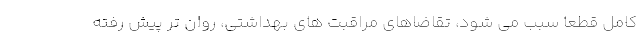
کامل قطعا سبب می شود، تقاضاهای مراقبت های بهداشتی، روان تر پیش رفته